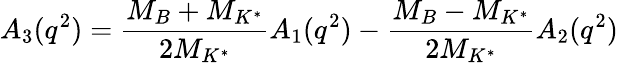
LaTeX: A_{3}(q^{2})={\frac{M_{B}+M_{K^{*}}}{2M_{K^{*}}}}A_{1}(q^{2})-{\frac{M_{B}-M_{K^{*}}}{2M_{K^{*}}}}A_{2}(q^{2})